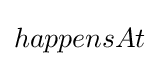
happensAt